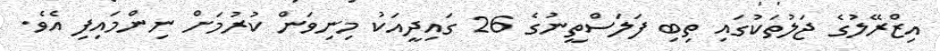
އިޒްރޭލުގެ ޖަލުތަކުގައި ތިބި ފަލަސްތީނުގެ 26 ގައިދީއަކު މިނިވަން ކުރުމަށް ނިންމައިފި އެވެ.